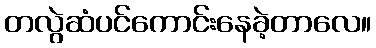
တလွဲဆံပင်ကောင်းနေခဲ့တာလေ။